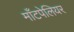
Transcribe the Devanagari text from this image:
माँटपेलियर